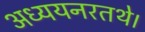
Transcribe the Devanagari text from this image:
अध्ययनरतथे।